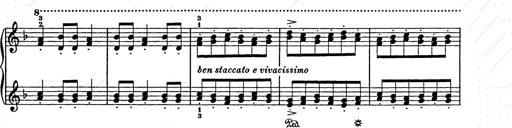
Title: Weihnachtsbaum
Composer: Franz Liszt